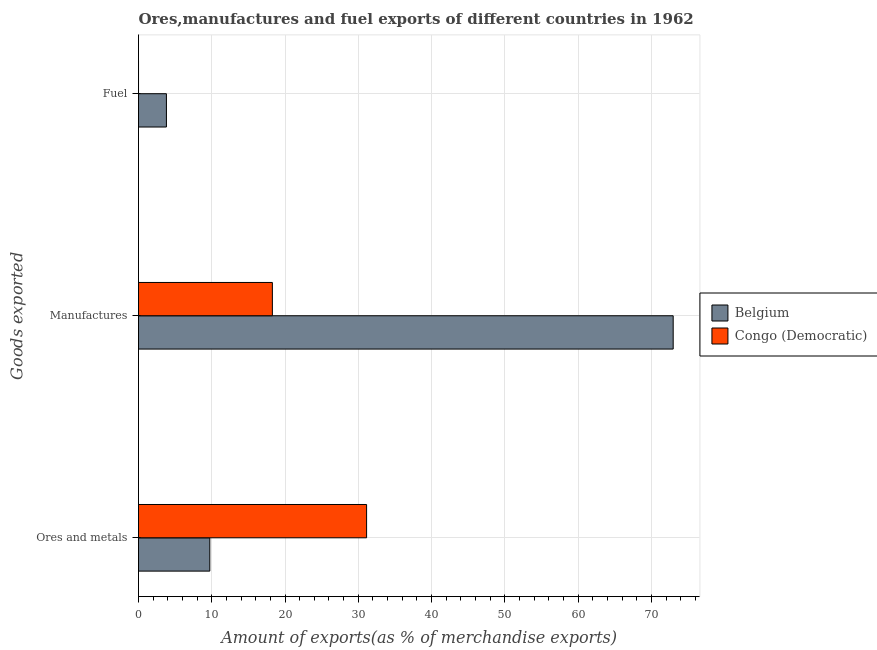
| Goods exported | Belgium | Congo (Democratic) |
 | --- | --- | --- |
 | Ores and metals | 9.73 | 31.1 |
 | Manufactures | 73 | 18.3 |
 | Fuel | 3.81 | 0.000556 |